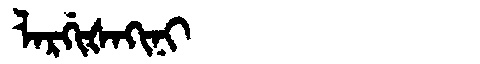
Manchu: ᠯᠠᡵᡤᡳᡧᠠᡴᡳᠨᡳ
Romanization: LARGIŠAKINI